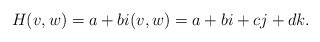
LaTeX: \begin{align*} H(v,w)=a+bi (v,w)=a+bi+cj +d k.\end{align*}